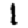
Digit: 1